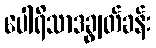
ပေါရိသာဒချွတ်ခန်း